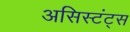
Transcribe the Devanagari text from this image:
असिस्टंट्स